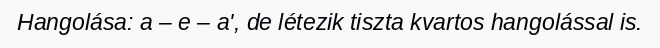
Hangolása: a – e – a', de létezik tiszta kvartos hangolással is.